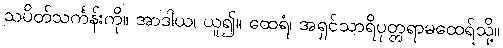
သပိတ်သင်္ကန်းကို။ အာဒါယ၊ ယူ၍။ ထေရံ၊ အရှင်သာရိပုတ္တရာမထေရ်သို့။